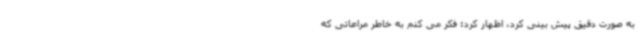
به صورت دقیق پیش بینی کرد، اظهار کرد: فکر می کنم به خاطر مراعاتی که